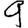
Digit: 9